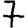
Digit: 7